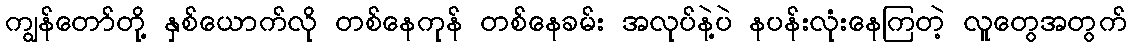
ကျွန်တော်တို့ နှစ်ယောက်လို တစ်နေကုန် တစ်နေခမ်း အလုပ်နဲ့ပဲ နပန်းလုံးနေကြတဲ့ လူတွေအတွက်